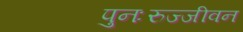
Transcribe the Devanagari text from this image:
पुनःरुज्जीवन